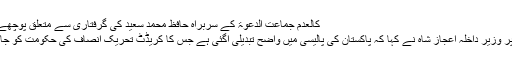
کالعدم جماعت الدعوۃ کے سربراہ حافظ محمد سعید کی گرفتاری سے متعلق پوچھے گئے
سوال پر وزیر داخلہ اعجاز شاہ نے کہا کہ پاکستان کی پالیسی میں واضح تبدیلی آگئی ہے جس کا کریڈٹ تحریک انصاف کی حکومت کو جاتا ہے۔